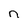
Character: n